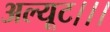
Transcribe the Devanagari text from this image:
अल्यूट।।।